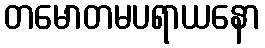
တမောတမပရာယနော